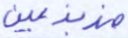
مذبذبين